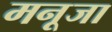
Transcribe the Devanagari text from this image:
मनूजा